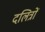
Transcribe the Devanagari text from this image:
दलित्रों